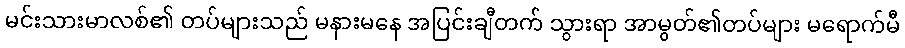
မင်းသားမာလစ်၏ တပ်များသည် မနားမနေ အပြင်းချီတက် သွားရာ အာမွတ်၏တပ်များ မရောက်မီ